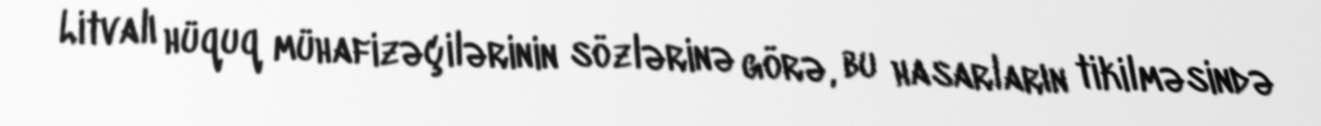
Litvalı hüquq mühafizəçilərinin sözlərinə görə, bu hasarların tikilməsində